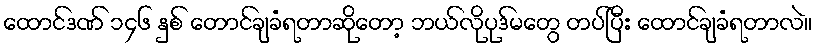
ထောင်ဒဏ် ၁၄၆ နှစ် တောင်ချခံရတာဆိုတော့ ဘယ်လိုပုဒ်မတွေ တပ်ပြီး ထောင်ချခံရတာလဲ။